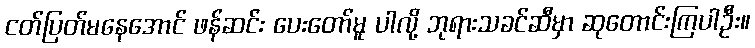
ငတ်ပြတ်မနေအောင် ဖန်ဆင်း ပေးတော်မူ ပါလို့ ဘုရားသခင်ဆီမှာ ဆုတောင်းကြပါဦး။